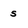
Character: s